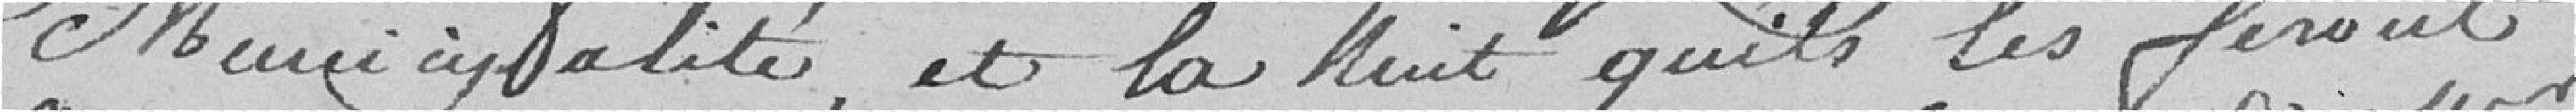
Municipalité, et la Nuit qu'ils les feront